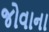
જોવાના